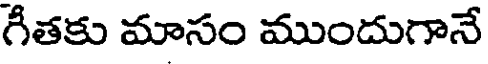
గీతకు మాసం ముందుగానే